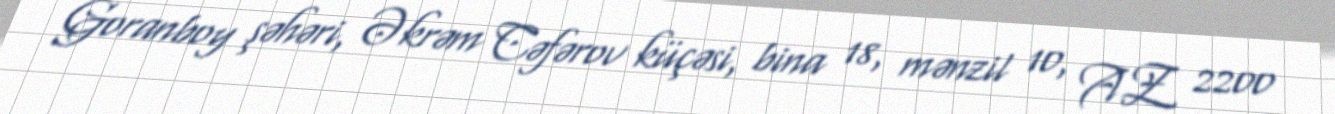
Goranboy şəhəri, Əkrəm Cəfərov küçəsi, bina 18, mənzil 10, AZ 2200